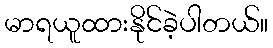
မာရယူထားနိုင်ခဲ့ပါတယ်။